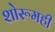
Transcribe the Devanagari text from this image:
शोरूमही